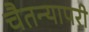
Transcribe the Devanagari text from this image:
चैतन्यापरी